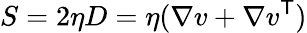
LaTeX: S=2\eta D=\eta(\nabla v+\nabla v^{\mathsf{T}})